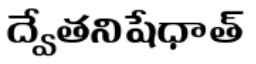
ద్వేతనిషేధాత్